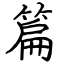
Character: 篇